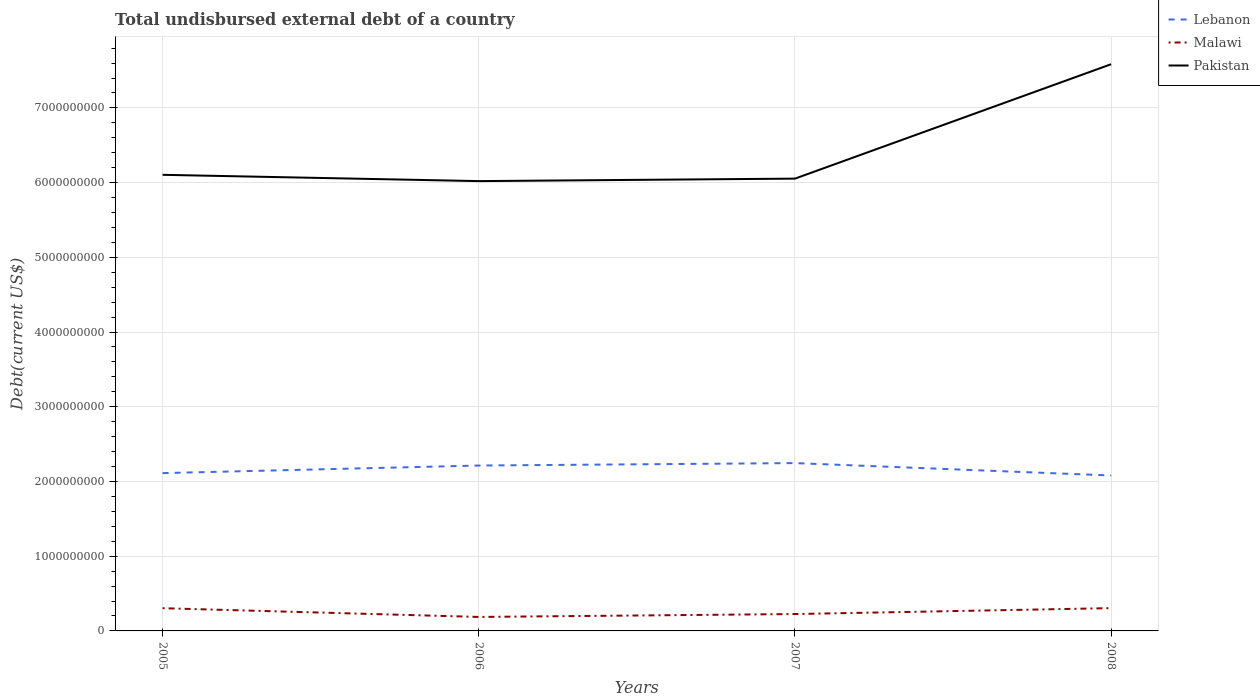
| Years | Lebanon | Malawi | Pakistan |
 | --- | --- | --- | --- |
 | 2005 | 2.11e+09 | 3.04e+08 | 6.1e+09 |
 | 2006 | 2.21e+09 | 1.87e+08 | 6.02e+09 |
 | 2007 | 2.25e+09 | 2.26e+08 | 6.05e+09 |
 | 2008 | 2.08e+09 | 3.05e+08 | 7.58e+09 |